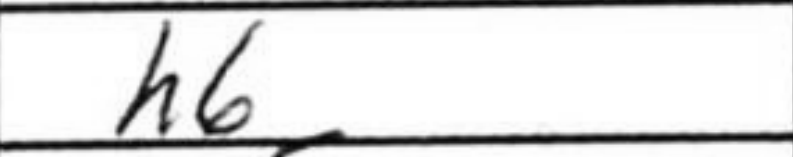
Transcription: h6